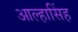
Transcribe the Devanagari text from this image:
आल्हासिंह